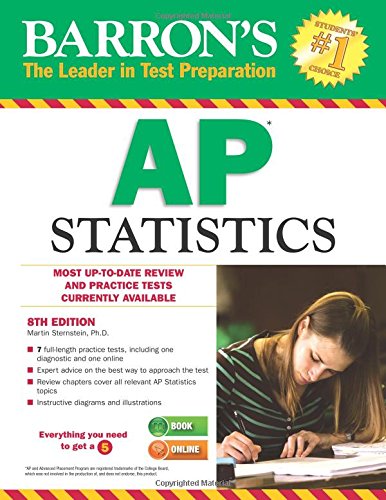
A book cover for Barron's AP Statistics, 8th Edition; Martin Sternstein Ph.D.; Test Preparation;